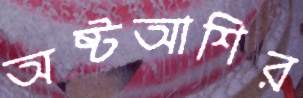
অষ্টআশির